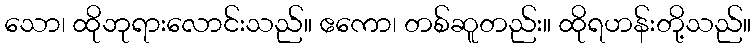
သော၊ ထိုဘုရားလောင်းသည်။ ဧကော၊ တစ်ဆူတည်း။ ထိုရဟန်းတို့သည်။